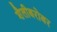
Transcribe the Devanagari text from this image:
शैलीबरोबर